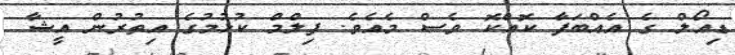
ޑިއޯލް ގެ އެއްބަފާ ކޮއްކޮ ވެސް މެއެވެ. ފިލްމް ކުޅުމުގެ އިތުރުން އީޝާ